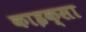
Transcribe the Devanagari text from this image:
काइक्सा